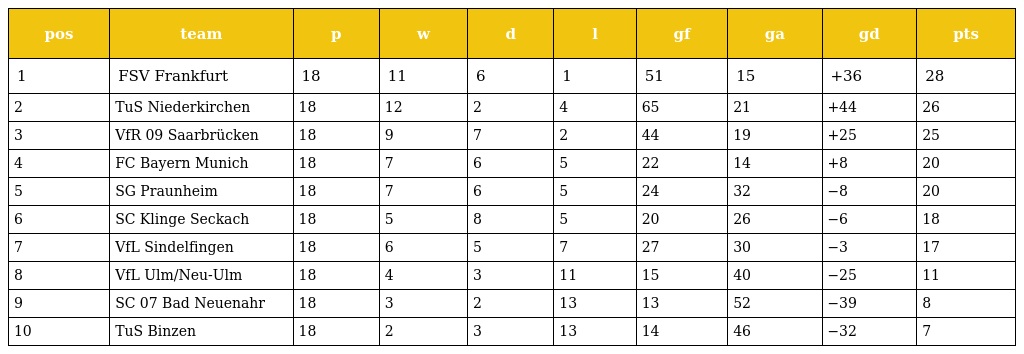
| pos | team | p | w | d | l | gf | ga | gd | pts |
 | --- | --- | --- | --- | --- | --- | --- | --- | --- | --- |
 | 1 | FSV Frankfurt | 18 | 11 | 6 | 1 | 51 | 15 | +36 | 28 |
 | 2 | TuS Niederkirchen | 18 | 12 | 2 | 4 | 65 | 21 | +44 | 26 |
 | 3 | VfR 09 Saarbrücken | 18 | 9 | 7 | 2 | 44 | 19 | +25 | 25 |
 | 4 | FC Bayern Munich | 18 | 7 | 6 | 5 | 22 | 14 | +8 | 20 |
 | 5 | SG Praunheim | 18 | 7 | 6 | 5 | 24 | 32 | −8 | 20 |
 | 6 | SC Klinge Seckach | 18 | 5 | 8 | 5 | 20 | 26 | −6 | 18 |
 | 7 | VfL Sindelfingen | 18 | 6 | 5 | 7 | 27 | 30 | −3 | 17 |
 | 8 | VfL Ulm/Neu-Ulm | 18 | 4 | 3 | 11 | 15 | 40 | −25 | 11 |
 | 9 | SC 07 Bad Neuenahr | 18 | 3 | 2 | 13 | 13 | 52 | −39 | 8 |
 | 10 | TuS Binzen | 18 | 2 | 3 | 13 | 14 | 46 | −32 | 7 |